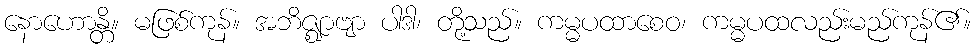
နောဟောန္တိ။ မဖြစ်ကုန်။ အဘိဇ္ဈာဗျာ ပါဒါ၊ တို့သည်။ ကမ္မပထာစေဝ၊ ကမ္မပထလည်းမည်ကုန်၏။